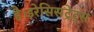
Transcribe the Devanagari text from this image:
है।इरेसिसट्रेट्स